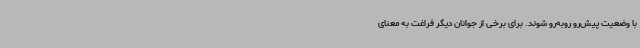
با وضعیت پیش‌رو روبه‌رو شوند. برای برخی از جوانان دیگر فراغت به معنای